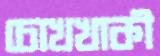
চোখখাকী